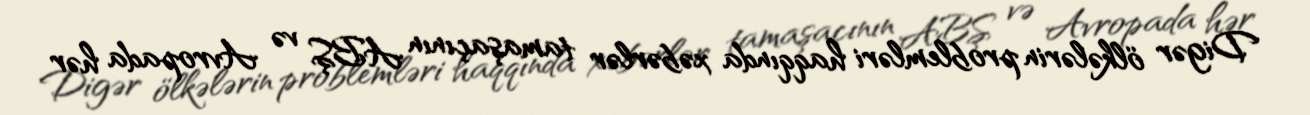
Digər ölkələrin problemləri haqqında xəbərlər tamaşaçının ABŞ və Avropada hər